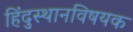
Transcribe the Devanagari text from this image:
हिंदुस्थानविषयक